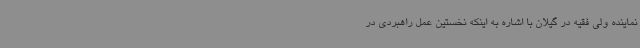
نماینده ولی فقیه در گیلان با اشاره به اینکه نخستین عمل راهبردی در